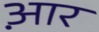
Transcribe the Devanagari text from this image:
आ़र